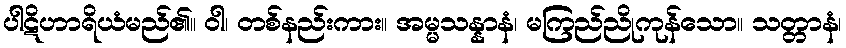
ပါဋိဟာရိယံမည်၏။ ဝါ၊ တစ်နည်းကား။ အမ္မသန္နာနံ၊ မကြည်ညိုကုန်သော။ သတ္တာနံ၊